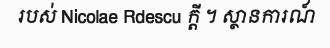
របស់ Nicolae Rdescu ក្តី ។ ស្ថានការណ៍